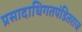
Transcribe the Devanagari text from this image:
प्रसादाधिगतपंडितराज